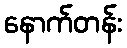
နောက်တန်း